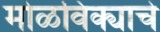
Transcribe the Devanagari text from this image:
मोळविक्याचे